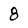
Character: 8